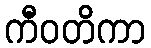
ကီဝတိကာ